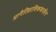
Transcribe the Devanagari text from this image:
प्रागैतिहासिककालीन